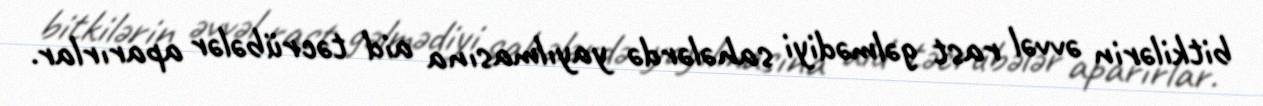
bitkilərin əvvəl rast gəlmədiyi sahələrdə yayılmasına aid təcrübələr aparırlar.